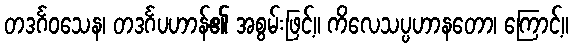
တဒင်္ဂဝသေန၊ တဒင်္ဂပဟာန်၏ အစွမ်းဖြင့်။ ကိလေသပ္ပဟာနတော၊ ကြောင့်။